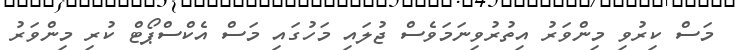
މަސް ކިރުވި މިންވަރު އިތުރުވިނަމަވެސް ޖުލައި މަހުގައި މަސް އެކްސްޕޯޓް ކުރި މިންވަރު